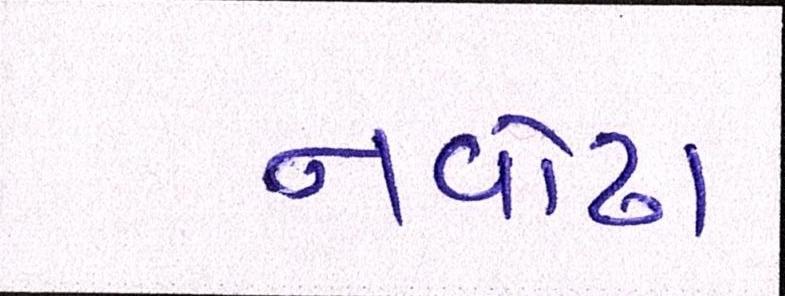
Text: નવોઢા